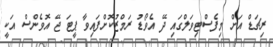
ރިޗަޑް އަށް މިފެސްޓިވަލްގައި ދޭ އެވޯޑު ރަމްޒުކޮށްފައިވާ ޕީޓަ ޖޭ އޮވެންސް އަކީ